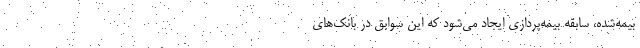
بیمه‌شده، سابقه بیمه‌پردازی ایجاد می‌شود که این سوابق در بانک‌های